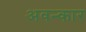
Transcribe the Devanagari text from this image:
अवन्कार